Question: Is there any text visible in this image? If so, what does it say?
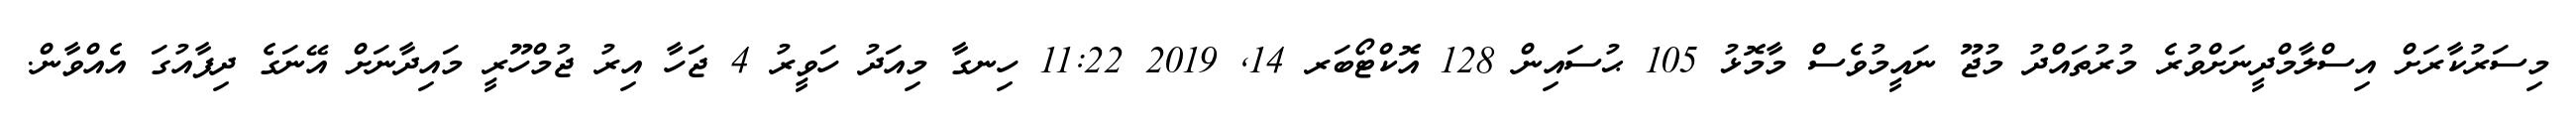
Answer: މިސަރުކާރަށް އިސްލާމްދީނަށްވުރެ މުރުތައްދު މުޖޫ ނައީމުވެސް މާމޮޅު 105 ޙުސައިން 128 އޮކްޓޯބަރ 14, 2019 11:22 ހިނގާ މިއަދު ހަވީރު 4 ޖަހާ އިރު ޖުމްހޫރީ މައިދާނަށް އޭނަގެ ދިފާއުގަ އެއްވާން.